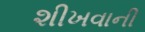
શીખવાની